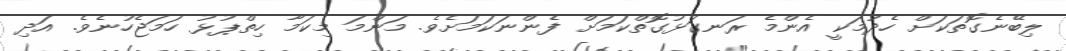
ލިބޭނެގޮތަކަށް ހެދުމަކީ އެންމެ ރަނގަޅުގޮތްކަމަށް ފެންނަކަމަށެވެ. މަންމަ މިކަމާ ހިތްޕުޅު ހަމަޖެހުނެވެ. އަދި